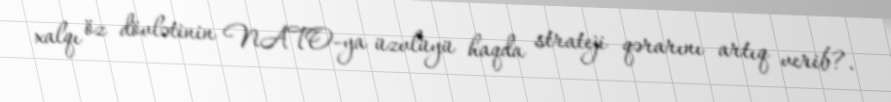
xalqı öz dövlətinin NATO-ya üzvlüyü haqda strateji qərarını artıq verib?.